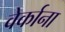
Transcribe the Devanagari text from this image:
वेर्काना